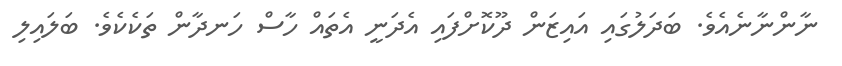
ނާންނާނެއެވެ. ބަދަލުގައި އައިޒަން ދޫކޮށްފައި އެދަނީ އެތައް ހާސް ހަނދާން ތަކެކެވެ. ބަލައިލި